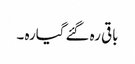
باقی رہ گئے گیارہ ۔